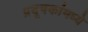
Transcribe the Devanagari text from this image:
प्रदूषकांमध्ये